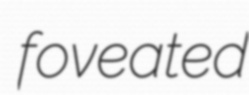
foveated